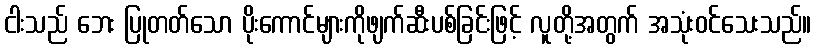
ငါးသည် ဘေး ပြုတတ်သော ပိုးကောင်များကိုဖျက်ဆီးပစ်ခြင်းဖြင့် လူတို့အတွက် အသုံးဝင်သေးသည်။